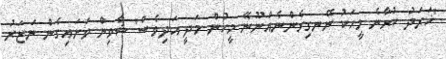
"ޚަރަދު ކުރާނެ މީހަކު ނޭނގިގެންނެއްނޫނޭ މީހުން މަދީ އަދިވެސް" ޝާވިން ވަށައިގެން ނަޒަރު